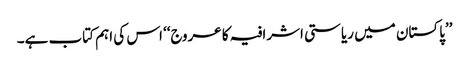
’’پاکستان میں ریاستی اشرافیہ کا عروج‘‘ اس کی اہم کتاب ہے۔